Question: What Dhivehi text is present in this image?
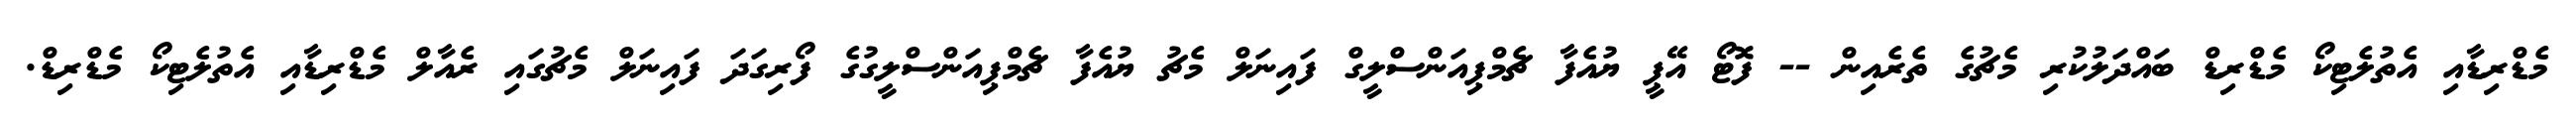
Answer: މެޑްރިޑާއި އެތުލެޓިކޯ މެޑްރިޑް ބައްދަލުކުރި މެޗުގެ ތެރެއިން -- ފޮޓޯ އޭޕީ ޔުއެފާ ޗެމްޕިއަންސްލީގް ފައިނަލް މެޗު ޔުއެފާ ޗެމްޕިއަންސްލީގުގެ ފޯރިގަދަ ފައިނަލް މެޗުގައި ރެއާލް މެޑްރިޑާއި އެތުލެޓިކޯ މެޑްރިޑް.